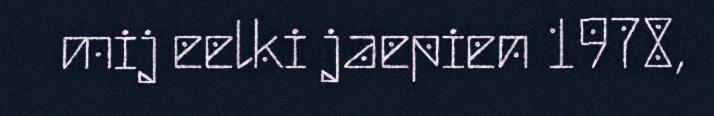
mij eelki jaepien 1978,